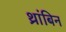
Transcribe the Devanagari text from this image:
थ्रांबिन